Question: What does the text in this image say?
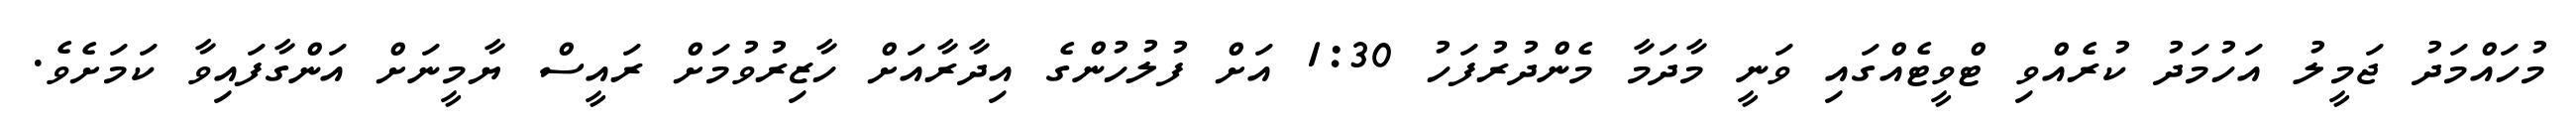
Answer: މުހައްމަދު ޖަމީލު އަހުމަދު ކުރެއްވި ޓްވީޓެއްގައި ވަނީ މާދަމާ މެންދުރުފަހު 1:30 އަށް ފުލުހުންގެ އިދާރާއަށް ހާޒިރުވުމަށް ރައީސް ޔާމީނަށް އަންގާފައިވާ ކަމަށެވެ.